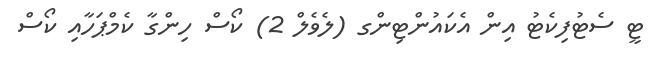
ޓީ ސެޓުފިކެޓު އިން އެކައުންޓިންގ (ލެވެލް 2) ކޯސް ހިންގާ ކެމްޕަހާއި ކޯސް